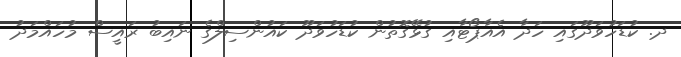
ދ. ކުޑަހުވަދޫގައި ހަދާ އެއާޕޯޓާއި ގުޅޭގޮތުން ކުޑަހުވަދޫ ކައުންސިލްގެ ނައިބު ރައީސް މުހައްމަދު